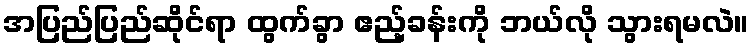
အပြည်ပြည်ဆိုင်ရာ ထွက်ခွာ ဧည့်ခန်းကို ဘယ်လို သွားရမလဲ။